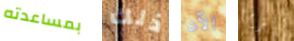
بمساعدته ذلك الآن أقترح